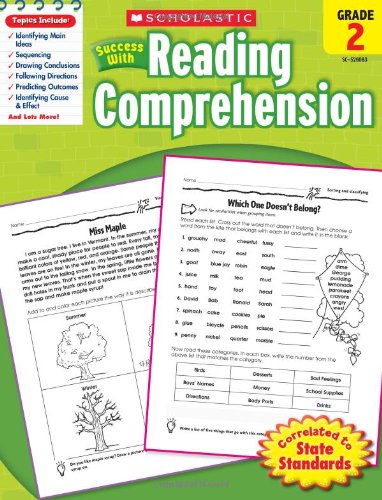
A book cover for Scholastic Success with Reading Comprehension, Grade 2; Scholastic; Education & Teaching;